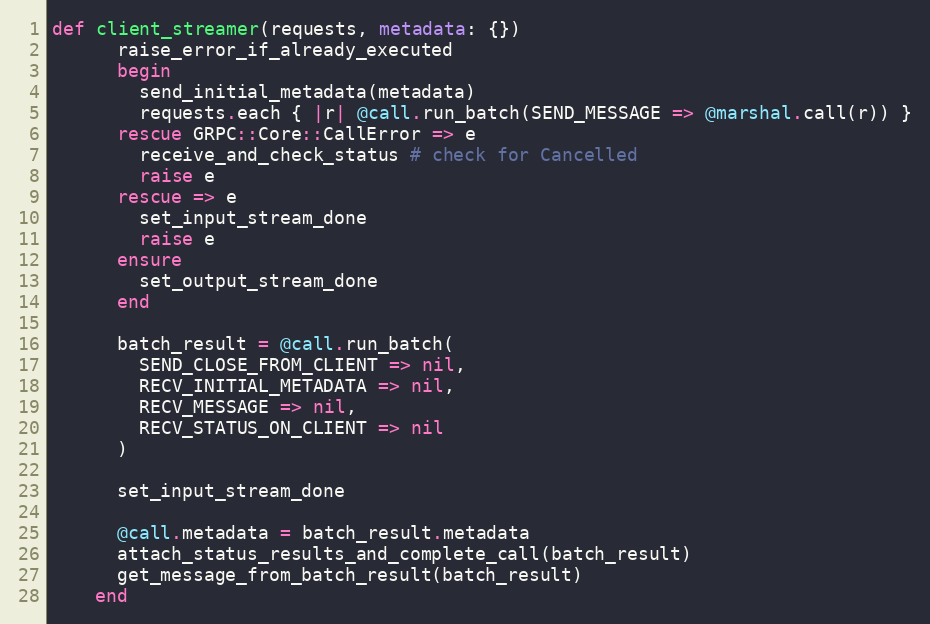
Language: Ruby
def client_streamer(requests, metadata: {})
      raise_error_if_already_executed
      begin
        send_initial_metadata(metadata)
        requests.each { |r| @call.run_batch(SEND_MESSAGE => @marshal.call(r)) }
      rescue GRPC::Core::CallError => e
        receive_and_check_status # check for Cancelled
        raise e
      rescue => e
        set_input_stream_done
        raise e
      ensure
        set_output_stream_done
      end

      batch_result = @call.run_batch(
        SEND_CLOSE_FROM_CLIENT => nil,
        RECV_INITIAL_METADATA => nil,
        RECV_MESSAGE => nil,
        RECV_STATUS_ON_CLIENT => nil
      )

      set_input_stream_done

      @call.metadata = batch_result.metadata
      attach_status_results_and_complete_call(batch_result)
      get_message_from_batch_result(batch_result)
    end